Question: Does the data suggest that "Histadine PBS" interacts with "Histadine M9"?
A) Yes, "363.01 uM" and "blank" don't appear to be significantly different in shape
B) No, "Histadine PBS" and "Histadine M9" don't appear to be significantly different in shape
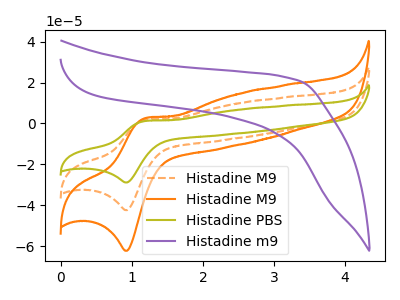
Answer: <think>The orange dashed curve "Histadine M9" has an anodic peak at (1.20V, 1.70uA) and a cathodic peak at (0.95V, -42.35uA). The orange curve "Histadine M9" has an anodic peak at (1.20V, 2.50uA) and a cathodic peak at (0.95V, -62.25uA). The olive curve "Histadine PBS" has an anodic peak at (1.20V, 3.45uA) and a cathodic peak at (0.95V, -84.75uA). The purple curve "Histadine m9" has no peaks.
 All the peaks in "Histadine PBS" have a peak in "Histadine M9" at the same potential. Every peak in "Histadine PBS" is higher than every peak in "Histadine M9".</think>
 <answer>B) No, "Histadine PBS" and "Histadine M9" don't appear to be significantly different in shape</answer>
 <eval>B</eval>